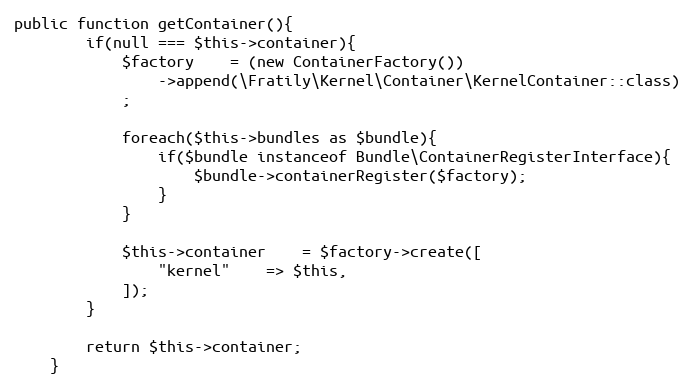
Language: PHP
public function getContainer(){
        if(null === $this->container){
            $factory    = (new ContainerFactory())
                ->append(\Fratily\Kernel\Container\KernelContainer::class)
            ;

            foreach($this->bundles as $bundle){
                if($bundle instanceof Bundle\ContainerRegisterInterface){
                    $bundle->containerRegister($factory);
                }
            }

            $this->container    = $factory->create([
                "kernel"    => $this,
            ]);
        }

        return $this->container;
    }